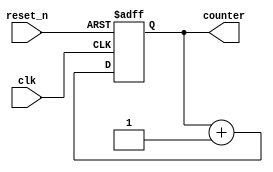
module counter_nbit

# (parameter  CNT_WIDTH = 3)

(
    input clk,
    input reset_n,
    output reg [CNT_WIDTH-1:0] counter
);

    always @ (posedge clk or negedge reset_n) begin
        if(!reset_n)
            counter <= 0;
        else
            counter <= counter + 1'b1;
    end

endmodule